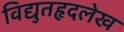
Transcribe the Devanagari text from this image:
विद्युतहृदलेख